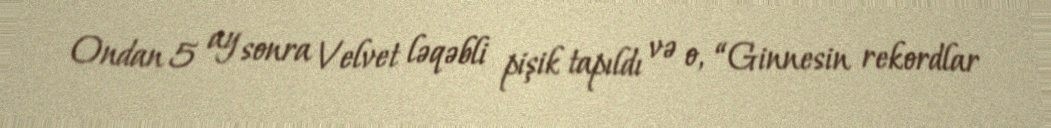
Ondan 5 ay sonra Velvet ləqəbli pişik tapıldı və o, “Ginnesin rekordlar